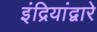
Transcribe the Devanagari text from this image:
इंद्रियांद्वारे